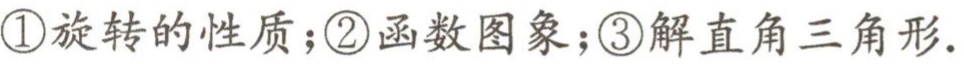
\textcircled{1}旋转的性质；\textcircled{2}函数图象；\textcircled{3}解直角三角形.